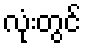
လုံးတွင်